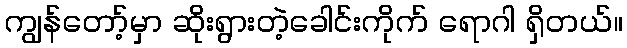
ကျွန်တော့်မှာ ဆိုးရွားတဲ့ခေါင်းကိုက် ရောဂါ ရှိတယ်။